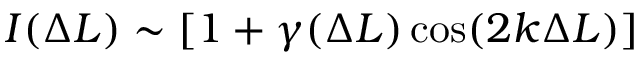
I ( \Delta L ) \sim [ 1 + \gamma ( \Delta L ) \cos ( 2 k \Delta L ) ]